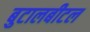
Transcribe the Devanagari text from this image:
बुटालबीटल